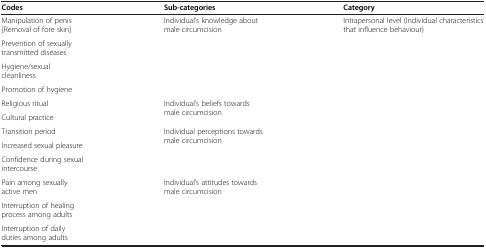
<table><thead><tr><td><b>Codes</b></td><td><b>Sub-categories</b></td><td><b>Category</b></td></tr></thead><tbody><tr><td>Manipulation of penis [Removal of fore skin]</td><td>Individual’s knowledge about male circumcision</td><td>Intrapersonal level (Individual characteristics that influence behaviour)</td></tr><tr><td>Prevention of sexually transmitted diseases</td><td> </td><td> </td></tr><tr><td>Hygiene/sexual cleanliness</td><td> </td><td> </td></tr><tr><td>Promotion of hygiene</td><td> </td><td> </td></tr><tr><td>Religious ritual</td><td rowspan="2">Individual’s beliefs towards male circumcision</td><td rowspan="5"> </td></tr><tr><td>Cultural practice</td></tr><tr><td>Transition period</td><td rowspan="3">Individual perceptions towards male circumcision</td></tr><tr><td>Increased sexual pleasure</td></tr><tr><td>Confidence during sexual intercourse</td></tr><tr><td>Pain among sexually active men</td><td>Individual’s attitudes towards male circumcision</td><td> </td></tr><tr><td>Interruption of healing process among adults</td><td> </td><td> </td></tr><tr><td>Interruption of daily duties among adults</td><td> </td><td> </td></tr></tbody></table>